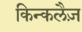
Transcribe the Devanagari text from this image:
किन्कलैज़